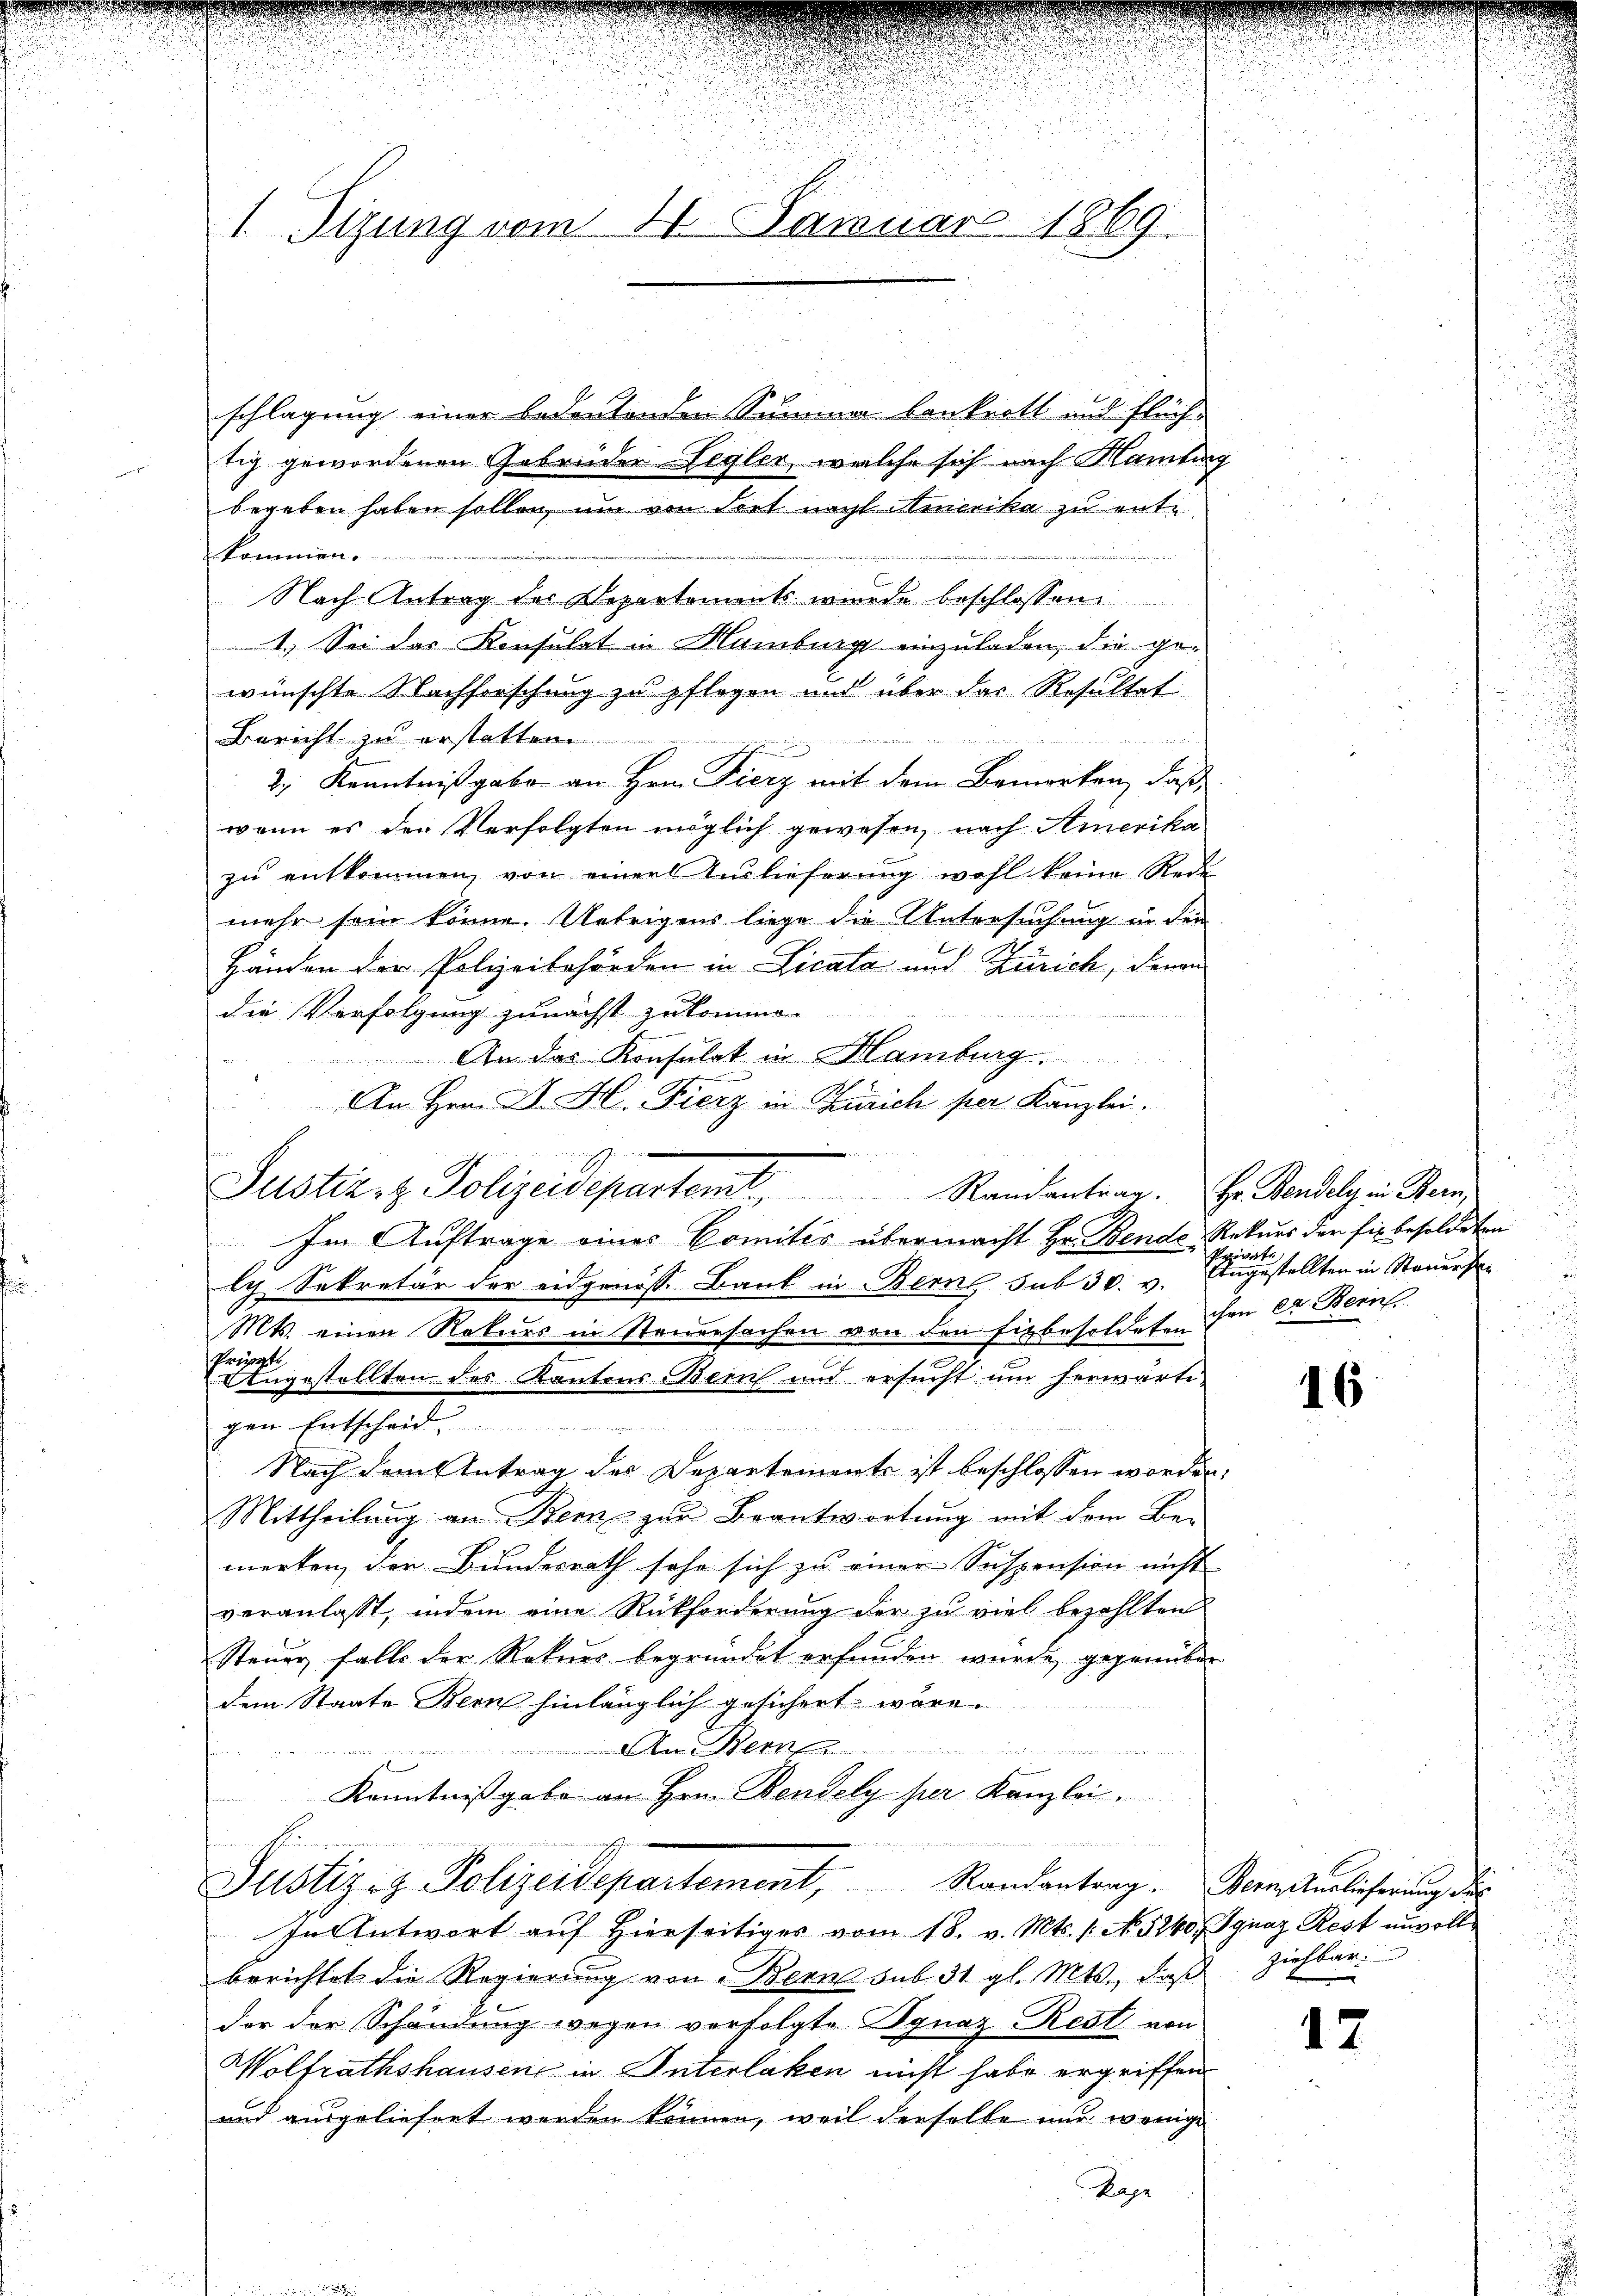
1. Sizung vom 14. Januar 1869.

fe

schlagung einer bedeutenden Summer bankrott und Fläch-
tig gewordenen Gebrüder Legler, welche sich nach Martig
begeben haben sollen, um von Fret nach Amerika zu ente
kommen.
Nach Antrag der Departements wurde beschlossen.
1. Sei das Konsulat in Hamburg einzuladen, die ge-
wünschte Nachforschung zu pflegen und über das Resultat
Bericht zu erstatten.

2.) Kenntnißgabe an Hrn. Fierz mit dem Bemerken, daß
wenn es der Verfolgten möglich gewesen, nach Amerika
zu entkommen, von einer Auslieferung wohl keine Rede
mehr sein könne. Uebrigens liege die Untersuchung in dem
B
2
Händen der Polizeibehörden in Licata und Zürich, denen
die Verfolgung zunächst zukomme.
An das Konsulat in Hamburg.
.
ly Sekretär der eidgenösse Bank in Berne sub 30. v. Angestellten in Steuersa
Mts. einen Rekurs in Steuersachen von den Einbesoldeten den er Bein
Prüppti
Angestellten des Kantons Bern und ersucht um herwärti-
gen Entscheid.
Nach dem Antrag der Departemente ist beschlossen worden.
Mittheilung an Benz zur Beantwortung mit dem Be-
merken, der Bundesrath sehr sich zu einer Suspension nicht
veranlasst, indem eine Rückforderung der zu viel bezahlten
Steuer falls der Rekurs begründet erfunden wurde gegenüber
dem Staate Bern hinlänglich gesichert wäre.
An Bern
...........
1
Kenntnißgabe an Hrn. Bendely per Kanzlei.
Justiziz. Polizeidepartement, Randantrag. Man verlicherung dies
In Entwort auf Hierseitiges vom 18. v. Mts. 1. No. 5240, Ignaz Rest unvollberichtet die Regierung von Bern sub 31 gl. Mts., daß Ziehbar-
der der Schändung wegen verfolgte Ignaz Rest von
Wolfrathshausen in Interlaken nicht habe ergriffen
und ausgeliefert werden können, weil derselbe nur wenige
Tape

An Hrn. Dr. H. Fierz in Zürich per Kanzlei.
Justiz- & Polizeidepartemt. Randantrag. Hr. Bendely in Bern,
Im Auftrage eines Comitis übermacht Hr. Bende Rekurs der fix besoldeten

Private

16

12